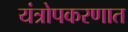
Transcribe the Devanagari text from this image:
यंत्रोपकरणात